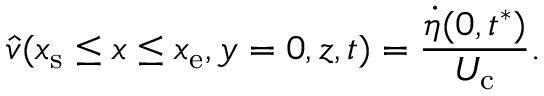
\hat { v } ( x _ { \mathrm { s } } \le x \le x _ { \mathrm { e } } , y = 0 , z , t ) = \frac { \dot { \eta } ( 0 , t ^ { * } ) } { U _ { \mathrm { c } } } .